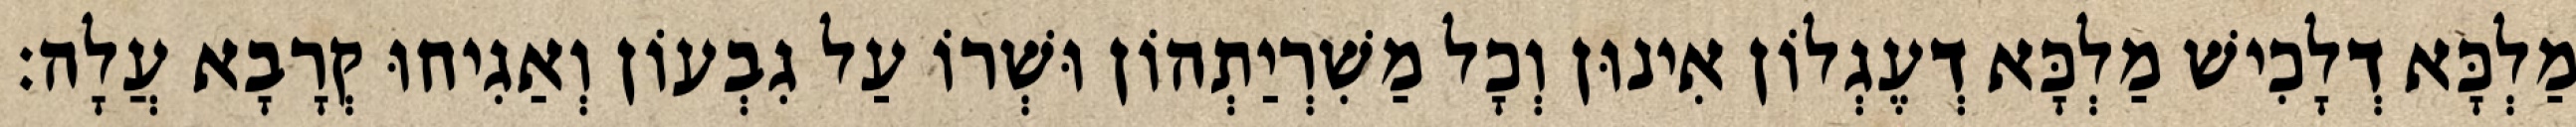
מַלְכָּא דְלָכִישׁ מַלְכָּא דְעֶגְלוֹן אִינוּן וְכָל מַשִׁרְיַתְהוֹן וּשְׁרוֹ עַל גִבְעוֹן וְאַגִיחוּ קְרָבָא עֲלָה׃